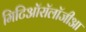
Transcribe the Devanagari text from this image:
मिटिऑरॉलॉजीआ